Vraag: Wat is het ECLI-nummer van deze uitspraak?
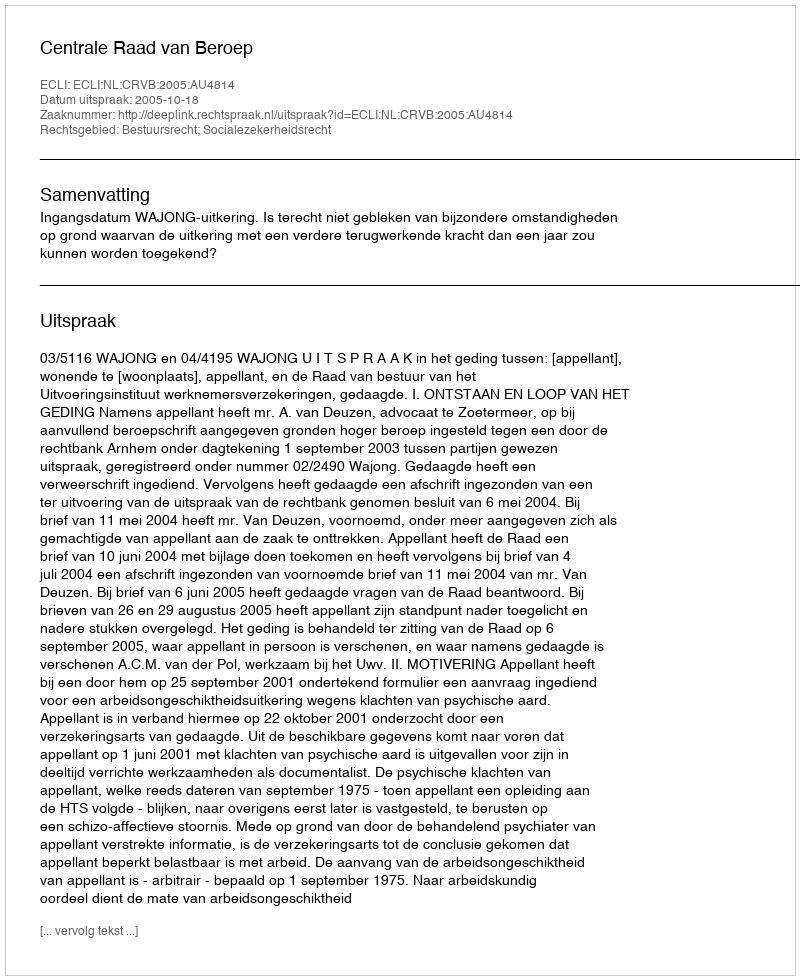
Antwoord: ECLI:NL:CRVB:2005:AU4814